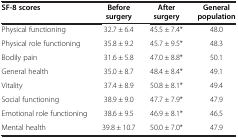
<table><thead><tr><td><b>SF-8 scores</b></td><td><b>Before surgery</b></td><td><b>After surgery</b></td><td><b>General population</b></td></tr></thead><tbody><tr><td>Physical functioning</td><td>32.7 ± 6.4</td><td>45.5 ± 7.4*</td><td>48.0</td></tr><tr><td>Physical role functioning</td><td>35.8 ± 9.2</td><td>45.7 ± 9.5*</td><td>48.3</td></tr><tr><td>Bodily pain</td><td>31.6 ± 5.8</td><td>47.0 ± 8.8*</td><td>50.1</td></tr><tr><td>General health</td><td>35.0 ± 8.7</td><td>48.4 ± 8.4*</td><td>49.1</td></tr><tr><td>Vitality</td><td>37.4 ± 8.9</td><td>50.8 ± 8.1*</td><td>49.4</td></tr><tr><td>Social functioning</td><td>38.9 ± 9.0</td><td>47.7 ± 7.9*</td><td>47.9</td></tr><tr><td>Emotional role functioning</td><td>38.6 ± 9.5</td><td>46.9 ± 8.1*</td><td>46.5</td></tr><tr><td>Mental health</td><td>39.8 ± 10.7</td><td>50.0 ± 7.0*</td><td>47.9</td></tr></tbody></table>